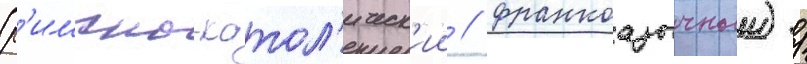
(р'имско-катол'ическ'ии / франкоазычныи) /